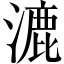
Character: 漉